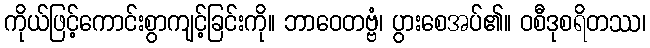
ကိုယ်ဖြင့်ကောင်းစွာကျင့်ခြင်းကို။ ဘာဝေတဗ္ဗံ၊ ပွားစေအပ်၏။ ဝစီဒုစရိတဿ၊